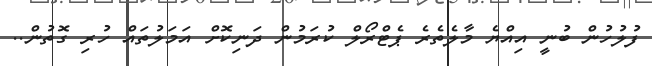
ފުލުހުން ބުނީ އިއްޔެ މާލެތެރެ ޕެޓްރޯލް ކުރަމުން ދަނިކޮށް އަމަލުތައް ހުރި ގޮތުން..